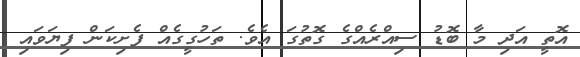
އޮތީ އަދި މާ ބޮޑު ސިއްރެއްގެ ގޮތުގަ އެވެ. ތަހުގީގެއް ފެށިކަން ފިޔަވައި